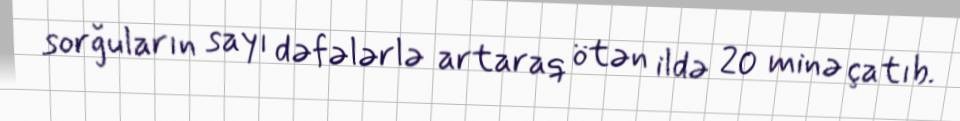
sorğuların sayı dəfələrlə artaraq ötən ildə 20 minə çatıb.